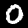
Digit: 0